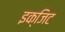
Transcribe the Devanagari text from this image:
इक्जिट